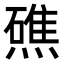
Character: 𭶗